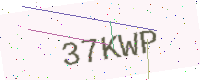
Text: 37KWP